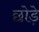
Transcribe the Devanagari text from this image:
छोड़े़